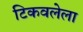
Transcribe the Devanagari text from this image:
टिकवलेला